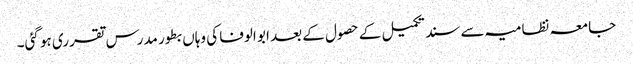
جامعہ نظامیہ سے سند تکمیل کے حصول کے بعد ابو الوفا کی وہاں بطور مدرس تقرری ہو گئی۔